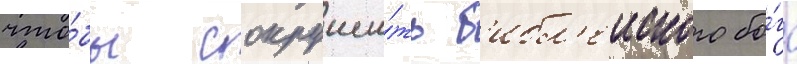
что́бы сокруши́ть б'ибл'еиского бо́га